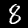
Label: 8